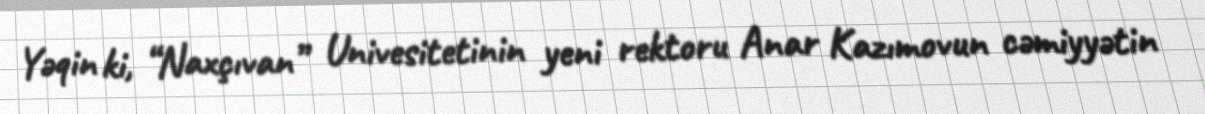
Yəqin ki, “Naxçıvan” Univesitetinin yeni rektoru Anar Kazımovun cəmiyyətin